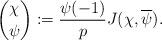
LaTeX: \begin{align*}{\chi\choose \psi}:=\frac{\psi(-1)}{p}J(\chi,\overline{\psi}).\end{align*}